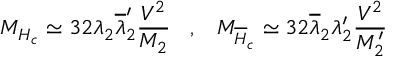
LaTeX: M _ { H _ { c } } \simeq 3 2 \lambda _ { 2 } \overline { { { \lambda } } } _ { 2 } ^ { \prime } \frac { V ^ { 2 } } { M _ { 2 } } \; \; \; , \; \; \; M _ { \overline { { { H } } } _ { c } } \simeq 3 2 \overline { { { \lambda } } } _ { 2 } \lambda _ { 2 } ^ { \prime } \frac { V ^ { 2 } } { M _ { 2 } ^ { \prime } }